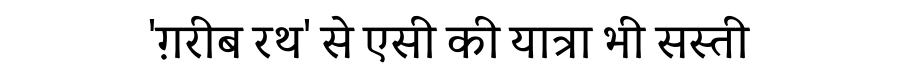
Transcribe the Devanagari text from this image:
'ग़रीब रथ' से एसी की यात्रा भी सस्ती